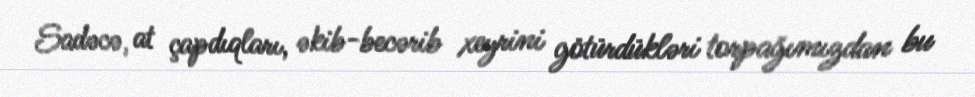
Sadəcə, at çapdıqları, əkib-becərib xeyrini götürdükləri torpağımızdan bu